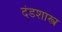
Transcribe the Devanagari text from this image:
दंडशास्त्र